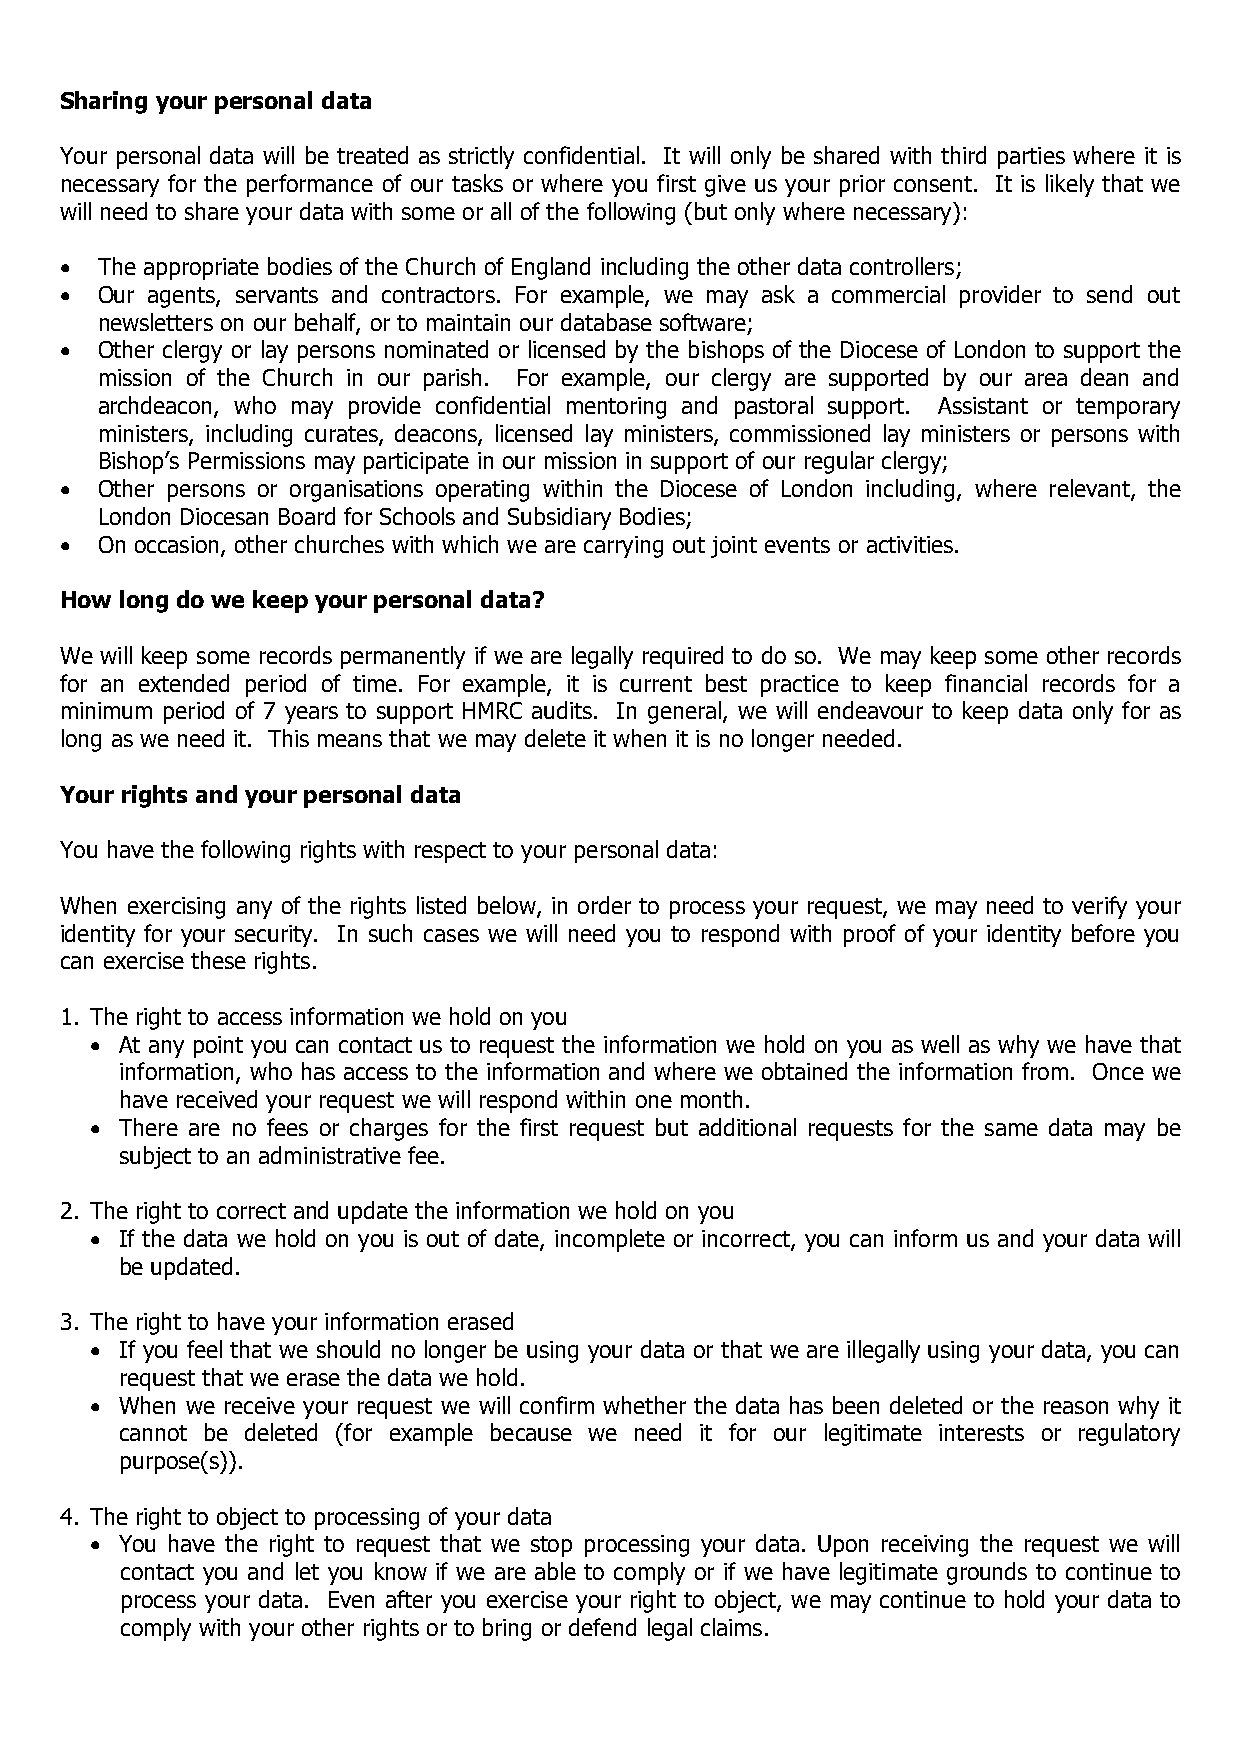
Sharing your personal data
 Your personal data will be treated as strictly confidential. It will only be shared with third parties where it is
 necessary for the performance of our tasks or where you first give us your prior consent. It is likely that we
 will need to share your data with some or all of the following (but only where necessary):
 • The appropriate bodies of the Church of England including the other data controllers;
 • Our agents, servants and contractors. For example, we may ask a commercial provider to send out
 newsletters on our behalf, or to maintain our database software;
 • Other clergy or lay persons nominated or licensed by the bishops of the Diocese of London to support the
 mission of the Church in our parish. For example, our clergy are supported by our area dean and
 archdeacon, who may provide confidential mentoring and pastoral support. Assistant or temporary
 ministers, including curates, deacons, licensed lay ministers, commissioned lay ministers or persons with
 Bishop’s Permissions may participate in our mission in support of our regular clergy;
 • Other persons or organisations operating within the Diocese of London including, where relevant, the
 London Diocesan Board for Schools and Subsidiary Bodies;
 • On occasion, other churches with which we are carrying out joint events or activities.
 How long do we keep your personal data?
 We will keep some records permanently if we are legally required to do so. We may keep some other records
 for an extended period of time. For example, it is current best practice to keep financial records for a
 minimum period of 7 years to support HMRC audits. In general, we will endeavour to keep data only for as
 long as we need it. This means that we may delete it when it is no longer needed.
 Your rights and your personal data
 You have the following rights with respect to your personal data:
 When exercising any of the rights listed below, in order to process your request, we may need to verify your
 identity for your security. In such cases we will need you to respond with proof of your identity before you
 can exercise these rights.
 1. The right to access information we hold on you
 • At any point you can contact us to request the information we hold on you as well as why we have that
 information, who has access to the information and where we obtained the information from. Once we
 have received your request we will respond within one month.
 • There are no fees or charges for the first request but additional requests for the same data may be
 subject to an administrative fee.
 2. The right to correct and update the information we hold on you
 • If the data we hold on you is out of date, incomplete or incorrect, you can inform us and your data will
 be updated.
 3. The right to have your information erased
 • If you feel that we should no longer be using your data or that we are illegally using your data, you can
 request that we erase the data we hold.
 • When we receive your request we will confirm whether the data has been deleted or the reason why it
 cannot be deleted (for example because we need it for our legitimate interests or regulatory
 purpose(s)).
 4. The right to object to processing of your data
 • You have the right to request that we stop processing your data. Upon receiving the request we will
 contact you and let you know if we are able to comply or if we have legitimate grounds to continue to
 process your data. Even after you exercise your right to object, we may continue to hold your data to
 comply with your other rights or to bring or defend legal claims.